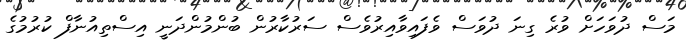
މަސް ދުވަހަށް ވުރެ ގިނަ ދުވަސް ވެފައިވާއިރުވެސް ސަރުކާރުން ބުންމުންދަނީ އިސްތިއުނާފް ކުރުމުގެ